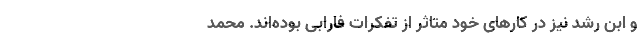
و ابن رشد نیز در کارهای خود متاثر از تفکرات فارابی بوده‌اند. محمد